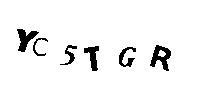
YC5TGR